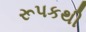
રૂપકથી